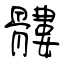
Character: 髏